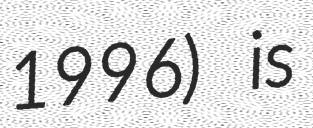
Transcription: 1996) is